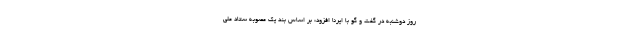
روز دوشنبه در گفت و گو با ایرنا افزود: بر اساس بند یک مصوبه ستاد ملی